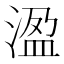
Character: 溋